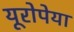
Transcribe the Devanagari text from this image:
यूरोपेया